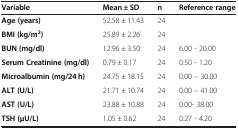
<table><thead><tr><td><b>Variable</b></td><td><b>Mean ± SD</b></td><td><b>n</b></td><td><b>Reference range</b></td></tr></thead><tbody><tr><td><b>Age (years)</b></td><td>52.58 ± 11.43</td><td>24</td><td> </td></tr><tr><td><b>BMI (kg/m</b><sup><b>2</b></sup><b>)</b></td><td>25.89 ± 2.26</td><td>24</td><td> </td></tr><tr><td><b>BUN (mg/dl)</b></td><td>12.96 ± 3.50</td><td>24</td><td>6.00 - 20.00</td></tr><tr><td><b>Serum Creatinine (mg/dl)</b></td><td>0.79 ± 0.17</td><td>24</td><td>0.50 - 1.20</td></tr><tr><td><b>Microalbumin (mg/24 h)</b></td><td>24.75 ± 18.15</td><td>24</td><td>0.00 – 30.00</td></tr><tr><td><b>ALT (U/L)</b></td><td>21.71 ± 10.74</td><td>24</td><td>0.00 – 41.00</td></tr><tr><td><b>AST (U/L)</b></td><td>23.88 ± 10.88</td><td>24</td><td>0.00- 38.00</td></tr><tr><td><b>TSH (μU/L)</b></td><td>1.05 ± 0.62</td><td>24</td><td>0.27 - 4.20</td></tr></tbody></table>